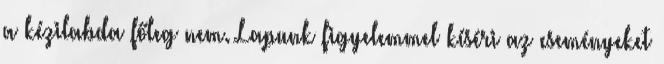
a kézilabda főleg nem. Lapunk figyelemmel kíséri az eseményeket